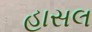
હાસલ